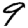
Digit: 9